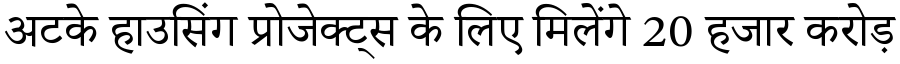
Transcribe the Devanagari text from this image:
अटके हाउसिंग प्रोजेक्ट्स के लिए मिलेंगे 20 हजार करोड़